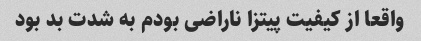
واقعا از کیفیت پیتزا ناراضی بودم به شدت بد بود